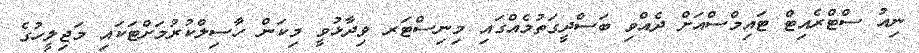
ނިއު ސްޓްރެއިޓް ޓައިމްސްއަށް ދެއްވި ބަސްދީގަތުމެއްގައި މިނިސްޓަރ ވިދާޅުވީ މިކަން ހާސިލްކުރުމަށްޓަކައި މަޖިލީހުގެ